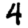
Digit: 4